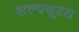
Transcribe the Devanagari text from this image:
सल्फ़्यूरस